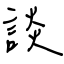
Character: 談